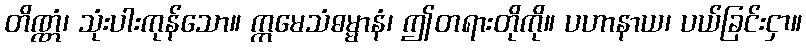
တိဏ္ဏံ၊ သုံးပါးကုန်သော။ ဣမေသံဓမ္မာနံ၊ ဤတရားတိုကို။ ပဟာနာယ၊ ပယ်ခြင်းငှာ။